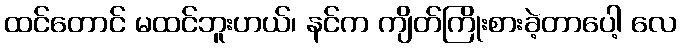
ထင်တောင် မထင်ဘူးဟယ်၊ နင်က ကျိတ်ကြိုးစားခဲ့တာပေါ့ လေ